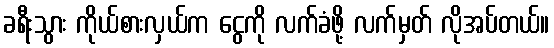
ခရီးသွား ကိုယ်စားလှယ်က ငွေကို လက်ခံဖို့ လက်မှတ် လိုအပ်တယ်။